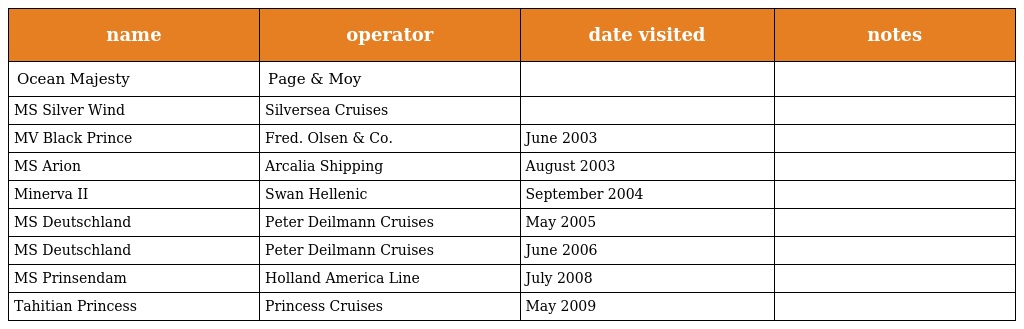
| name | operator | date visited | notes |
 | --- | --- | --- | --- |
 | Ocean Majesty | Page & Moy |  |  |
 | MS Silver Wind | Silversea Cruises |  |  |
 | MV Black Prince | Fred. Olsen & Co. | June 2003 |  |
 | MS Arion | Arcalia Shipping | August 2003 |  |
 | Minerva II | Swan Hellenic | September 2004 |  |
 | MS Deutschland | Peter Deilmann Cruises | May 2005 |  |
 | MS Deutschland | Peter Deilmann Cruises | June 2006 |  |
 | MS Prinsendam | Holland America Line | July 2008 |  |
 | Tahitian Princess | Princess Cruises | May 2009 |  |